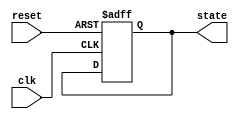
module PreConfiguredStateInitialization (
    input wire clk,          // Clock signal
    input wire reset,        // Reset signal (active high)
    output reg [3:0] state   // State output (4-bit for example)
);

// Pre-defined initial state
localparam INITIAL_STATE = 4'b0001; // Example initial state

// State initialization process
always @(posedge clk or posedge reset) begin
    if (reset) begin
        // On reset, initialize state to predefined value
        state <= INITIAL_STATE;
    end
    // State transitions logic will be handled here after reset
    else begin
        // Normal operation logic can be added here
        // For example:
        // state <= next_state; // next_state would be determined by your FSM logic
    end
end

endmodule